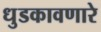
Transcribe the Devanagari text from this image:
धुडकावणारे